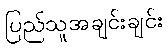
ပြည်သူအချင်းချင်း